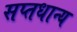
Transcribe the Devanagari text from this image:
सप्तधान्य